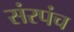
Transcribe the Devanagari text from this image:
संरपंच